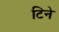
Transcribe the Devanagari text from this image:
टिने